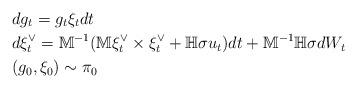
LaTeX: \begin{align*} &dg_t =g_t\xi_tdt \\ &d\xi_t^{\vee} = \mathbb{M}^{-1}(\mathbb{M}\xi_t^{\vee} \times \xi_t^{\vee} + \mathbb{H}\sigma u_t) dt + \mathbb{M}^{-1}\mathbb{H}\sigma dW_t\\ &(g_0,\xi_0) \sim \pi_0 \end{align*}